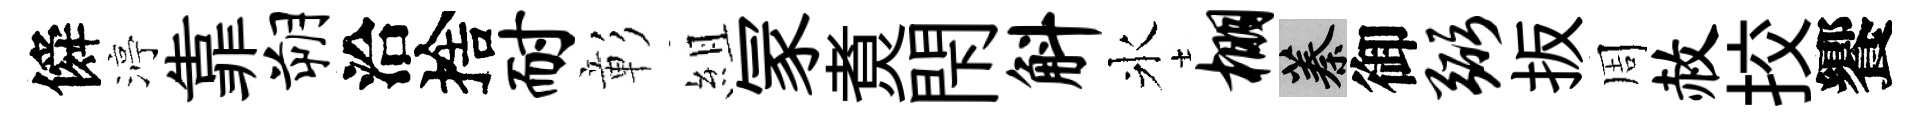
僢渟靠朔洽捨耐彰組冡煑閇斛氷棚蓁御弼扳周赦挍饗